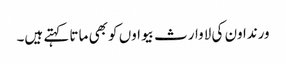
ورنداون کی لاوارث بیواوں کو بھی ماتا کہتے ہیں۔